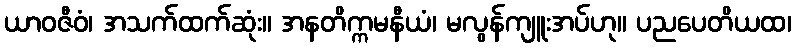
ယာဝဇီဝံ၊ အသက်ထက်ဆုံး။ အနတိက္ကမနီယံ၊ မလွန်ကျူးအပ်ဟု။ ပညပေတိယထ၊